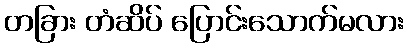
တခြား တံဆိပ် ပြောင်းသောက်မလား